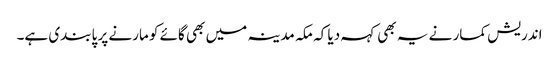
اندریش کمار نے یہ بھی کہہ دیا کہ مکہ مدینہ میں بھی گائے کو مارنے پر پابندی ہے۔